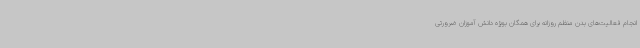
انجام فعالیت‌های بدن منظم روزانه برای همگان بویژه دانش آموزان ضرورتی